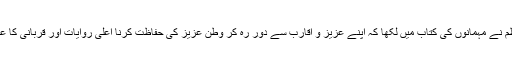
وزیر اعظم نے مہمانوں کی کتاب میں لکھا کہ اپنے عزیز و اقارب سے دور رہ کر وطن عزیز کی حفاظت کرنا اعلیٰ روایات اور قربانی کا عکاس ہے۔